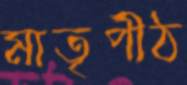
মাতৃপীঠ